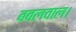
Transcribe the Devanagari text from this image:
बबलवाल।